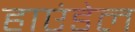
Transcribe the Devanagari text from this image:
हाएंडेल